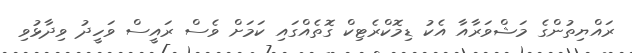
ރައްޔިތުންގެ މަޝްވަރާއާ އެކު ޑިމޮކްރެޓިކް ގޮތެއްގައި ކަމަށް ވެސް ރައީސް ވަހީދު ވިދާޅުވި